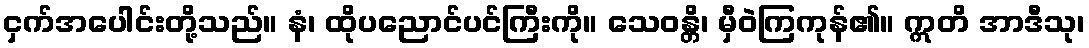
ငှက်အပေါင်းတို့သည်။ နံ၊ ထိုပညောင်ပင်ကြီးကို။ သေဝန္တိ၊ မှီဝဲကြကုန်၏။ ဣတိ အာဒီသု၊